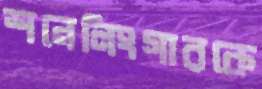
শনেলিংগারকে